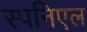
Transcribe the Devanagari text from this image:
स्पनिएल